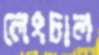
লেংচাল